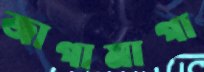
জাগামাগা